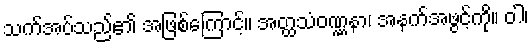
သက်အပ်သည်၏ အဖြစ်ကြောင့်။ အတ္ထသံဝဏ္ဏနာ၊ အနက်အဖွင့်ကို။ ဝါ၊